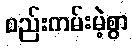
စည်းကမ်းမဲ့စွာ